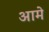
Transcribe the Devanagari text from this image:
आमे